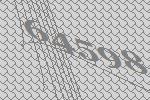
64598